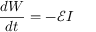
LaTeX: { \frac { d W } { d t } } = - { \mathcal { E } } I